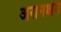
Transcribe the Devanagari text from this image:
अरोगक्षम